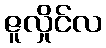
ဇူလှိုင်လ